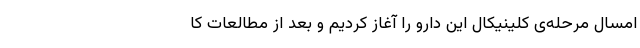
امسال مرحله‌ی کلینیکال این دارو را آغاز کردیم و بعد از مطالعات کا